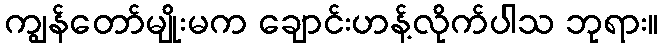
ကျွန်တော်မျိုးမက ချောင်းဟန့်လိုက်ပါသ ဘုရား။